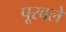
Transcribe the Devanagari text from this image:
पूरवले